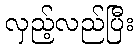
လှည့်လည်ပြီး